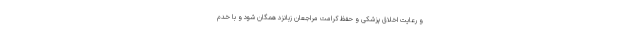
و رعایت اخلاق پزشکی و حفظ کرامت مراجعان زبانزد همگان شود و با خدم